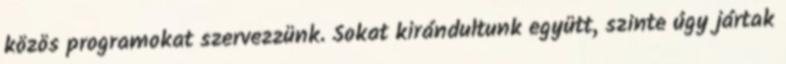
közös programokat szervezzünk. Sokat kirándultunk együtt, szinte úgy jártak